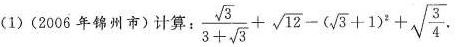
(1)(2006年锦州市)计算：$$\frac { \sqrt { 3 } } { + \sqrt { 3 } } + \sqrt { 1 2 } - ( \sqrt { 3 } + 1 ) ^ { 2 } + \sqrt \frac { 3 } { 4 }$$